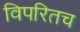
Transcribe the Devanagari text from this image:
विपरितच